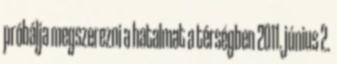
próbálja megszerezni a hatalmat a térségben 2011. június 2.